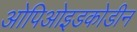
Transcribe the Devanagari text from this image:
ओपिओइडकोडीन